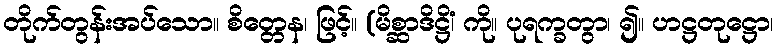
တိုက်တွန်းအပ်သော။ စိတ္တေန၊ ဖြင့်။ (မိစ္ဆာဒိဋ္ဌိံ၊ ကို။ ပုရက္ခတွာ၊ ၍။ ဟဋ္ဌတုဋ္ဌော၊